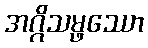
အဂ္ဂိသမ္ဖဿော